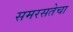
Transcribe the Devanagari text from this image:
समरसतेचा